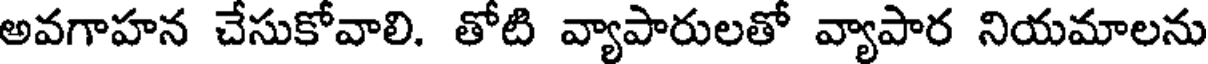
అవగాహన చేసుకోవాలి. తోటి వ్యాపారులతో వ్యాపార నియమాలను